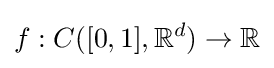
f:C([0,1],\mathbb {R} ^{d})\to \mathbb {R}